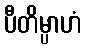
ပီတိမ္ပာဟံ